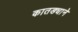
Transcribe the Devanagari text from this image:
कातड्याने